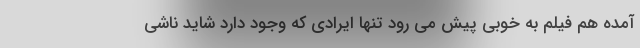
آمده هم فیلم به خوبی پیش می رود تنها ایرادی که وجود دارد شاید ناشی